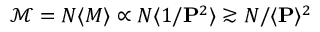
\mathcal { M } = N \langle M \rangle \propto N \langle 1 / \mathbf { P } ^ { 2 } \rangle \gtrsim N / \langle \mathbf { P } \rangle ^ { 2 }